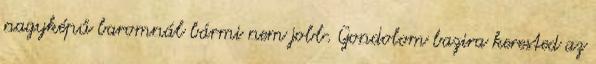
nagyképű baromnál bármi nem jobb. Gondolom bazira kerested az